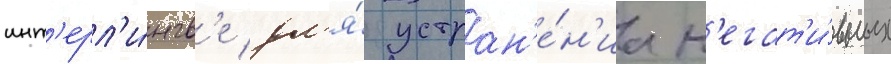
инт'ерл'и́нгв'е дл'я́ устран'е́н'иа н'егат'и́вных